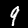
Label: 9